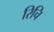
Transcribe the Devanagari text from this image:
रिचि